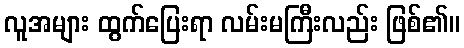
လူအများ ထွက်ပြေးရာ လမ်းမကြီးလည်း ဖြစ်၏။